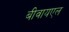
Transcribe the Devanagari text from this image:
बीवायएल